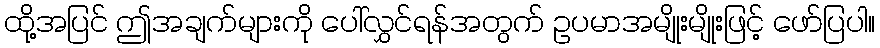
ထို့အပြင် ဤအချက်များကို ပေါ်လွှင်ရန်အတွက် ဥပမာအမျိုးမျိုးဖြင့် ဖော်ပြပါ။